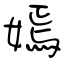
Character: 嫣